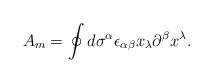
LaTeX: \begin{align*}A_m=\oint d\sigma^{\alpha}\epsilon_{\alpha \beta}x_{\lambda}\partial^{\beta}x^{\lambda}.\end{align*}